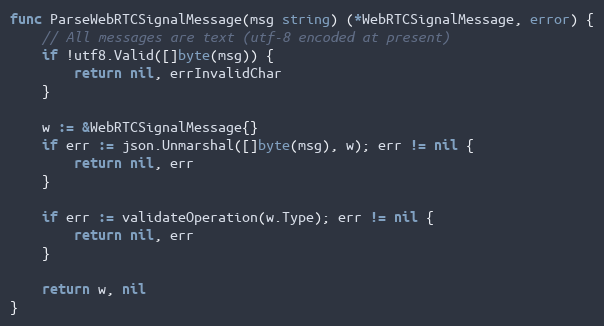
Language: Go
func ParseWebRTCSignalMessage(msg string) (*WebRTCSignalMessage, error) {
	// All messages are text (utf-8 encoded at present)
	if !utf8.Valid([]byte(msg)) {
		return nil, errInvalidChar
	}

	w := &WebRTCSignalMessage{}
	if err := json.Unmarshal([]byte(msg), w); err != nil {
		return nil, err
	}

	if err := validateOperation(w.Type); err != nil {
		return nil, err
	}

	return w, nil
}